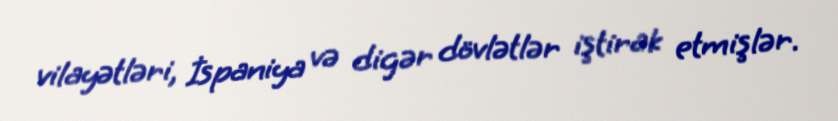
vilayətləri, İspaniya və digər dövlətlər iştirak etmişlər.